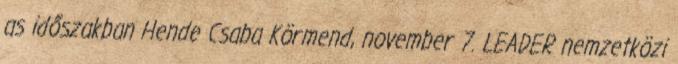
as időszakban Hende Csaba Körmend, november 7. LEADER nemzetközi